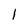
Character: l